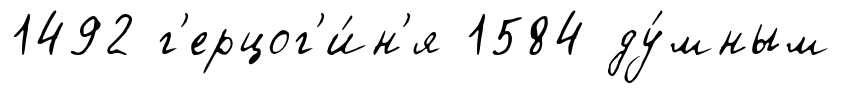
1492 г'ерцог'и́н'я 1584 ду́мным